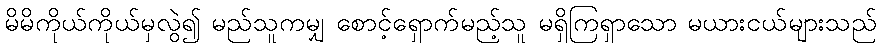
မိမိကိုယ်ကိုယ်မှလွဲ၍ မည်သူကမျှ စောင့်ရှောက်မည့်သူ မရှိကြရှာသော မယားငယ်များသည်